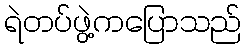
ရဲတပ်ဖွဲ့ကပြောသည်